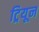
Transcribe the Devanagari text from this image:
ट्रियून